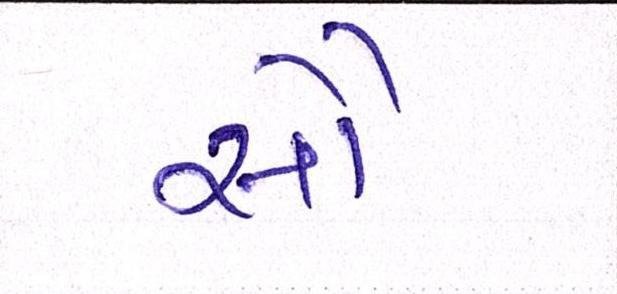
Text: સૌ